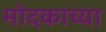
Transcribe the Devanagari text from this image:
मोदकाच्या